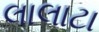
લાલાટા